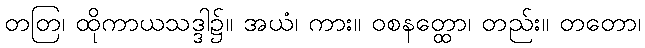
တတြ၊ ထိုကာယသဒ္ဒါ၌။ အယံ၊ ကား။ ဝစနတ္ထော၊ တည်း။ တတော၊